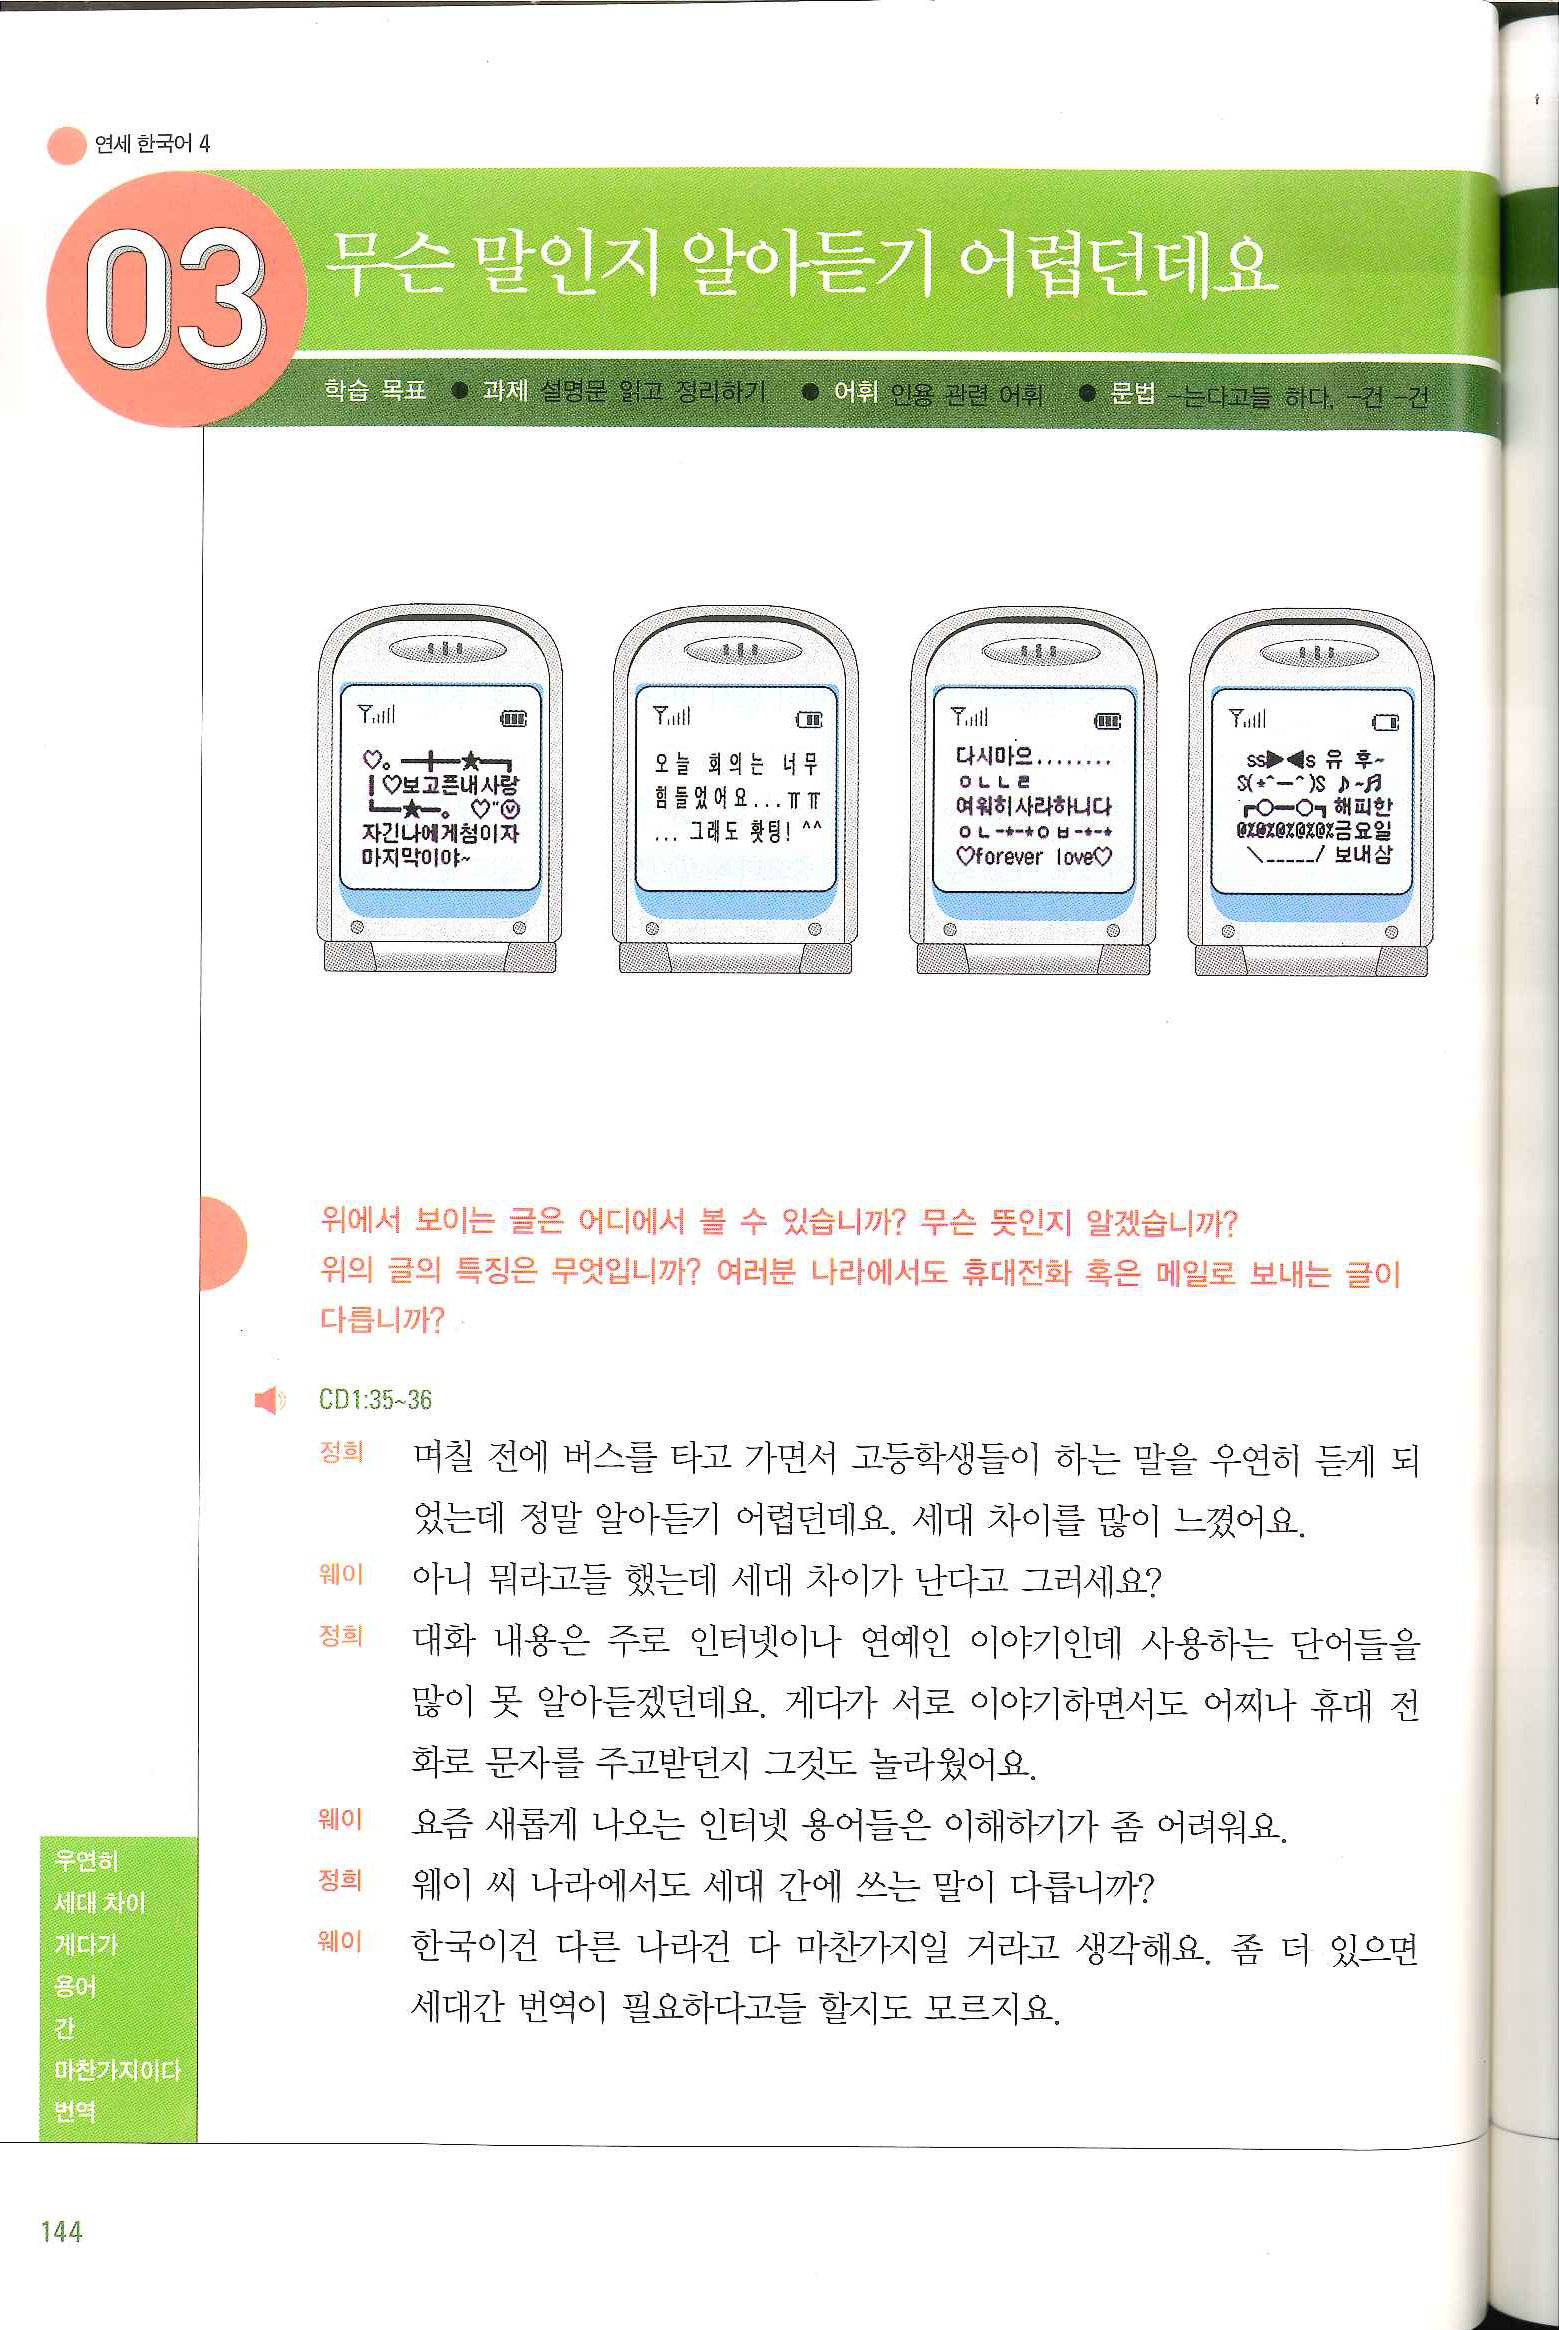
Language: ko